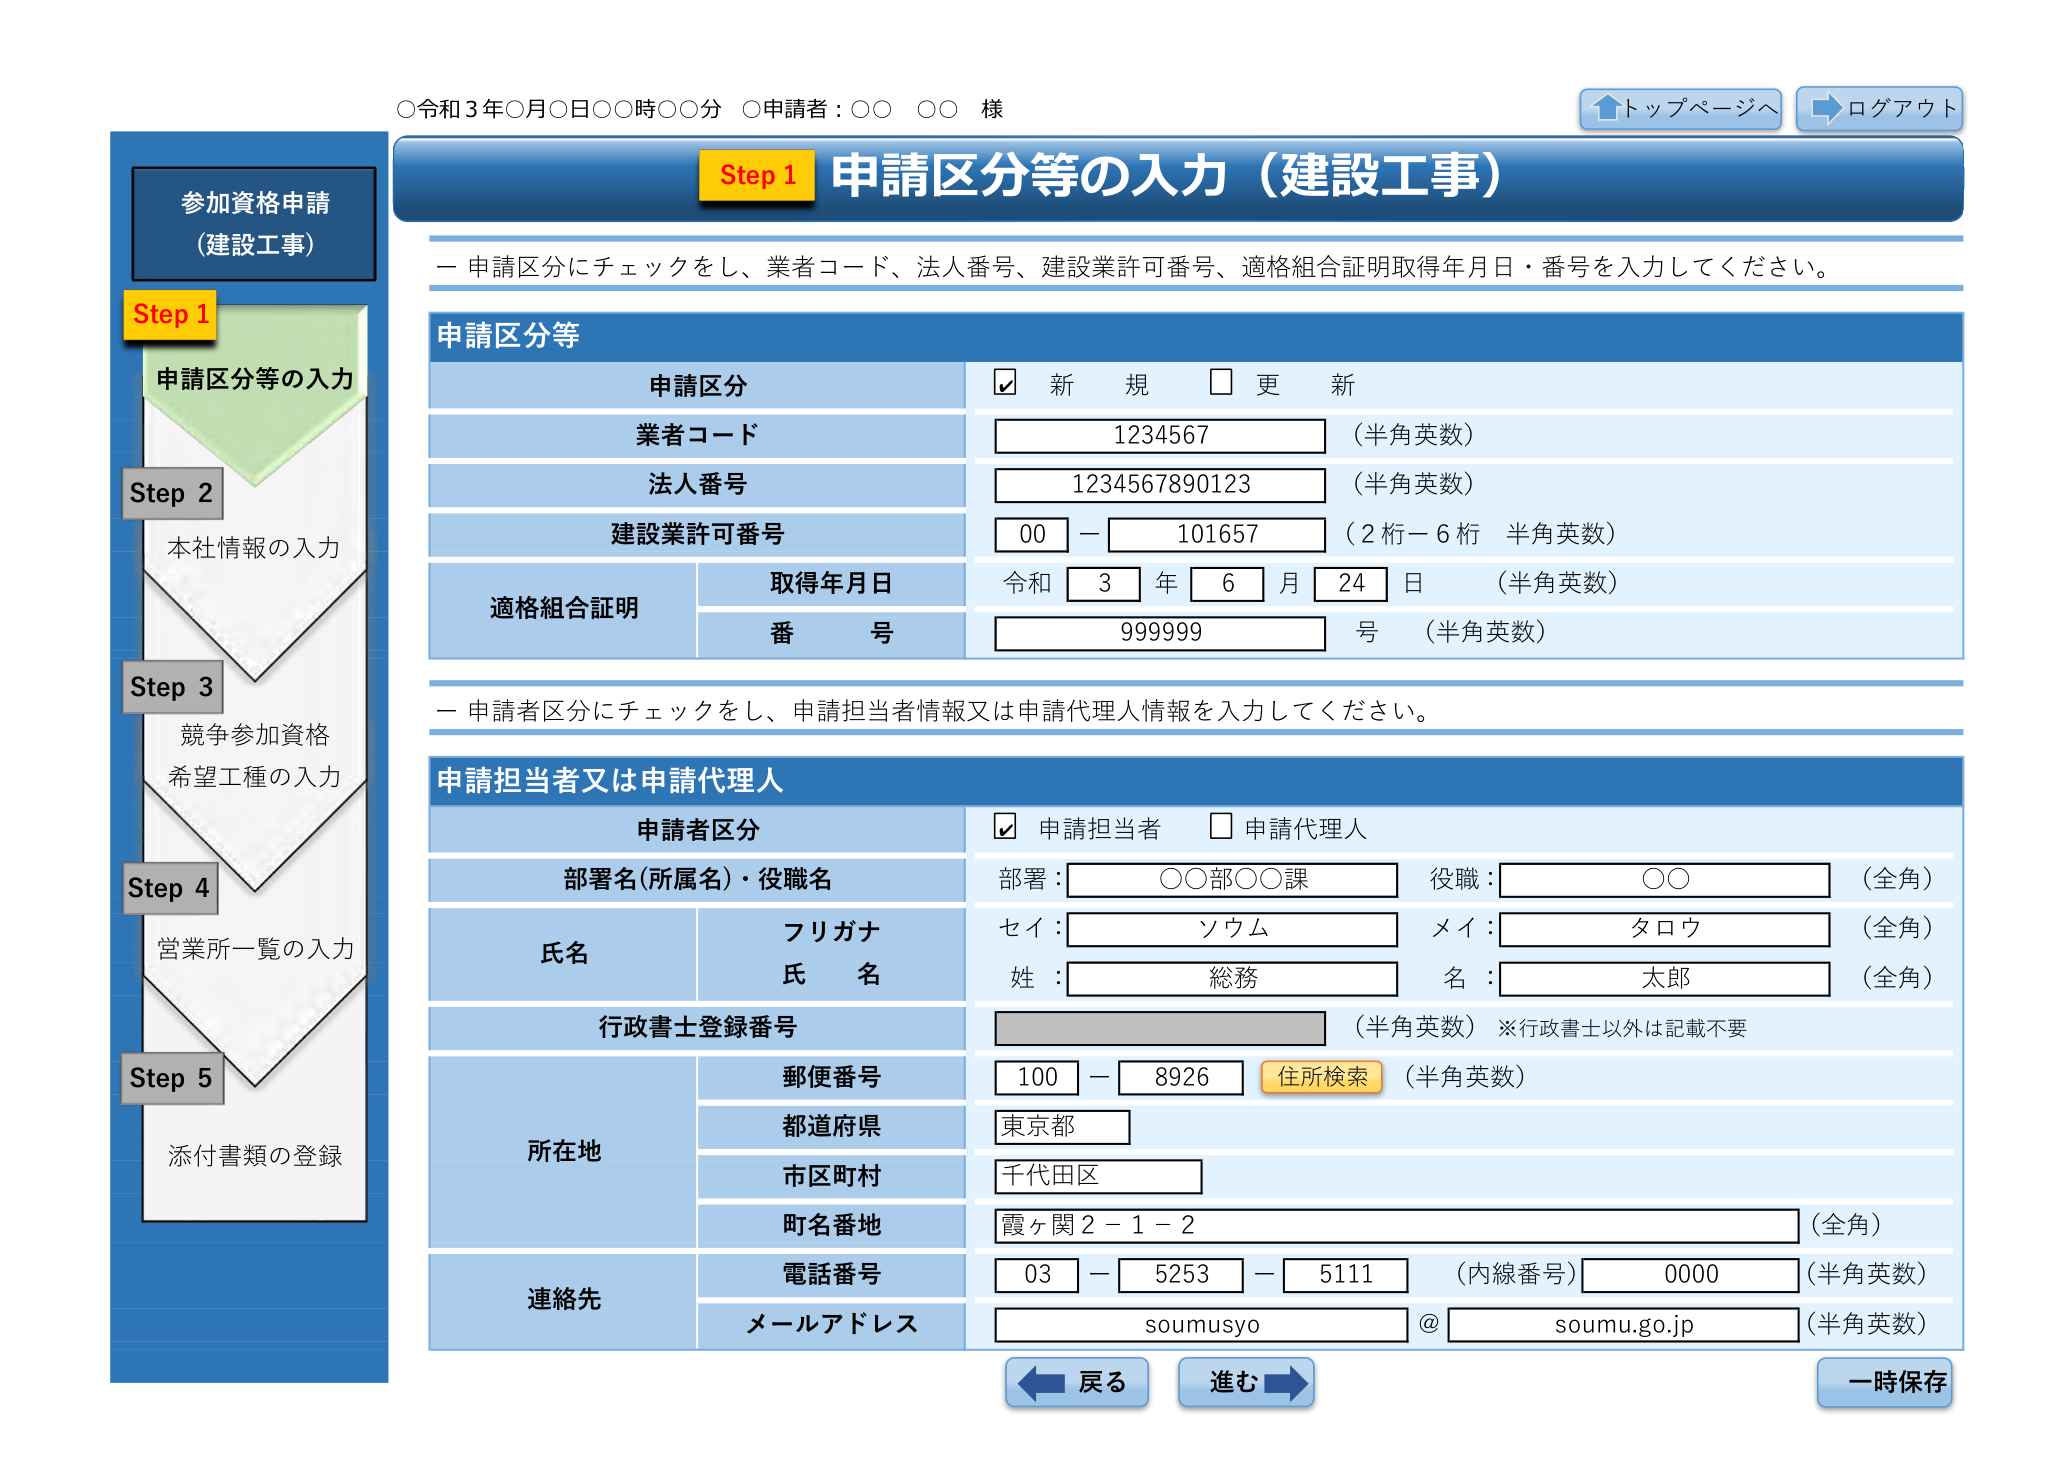
○令和3年○月○日○○時○○分 ○申請者：○○ ○○ 様

↑トップページへ
→ログアウト

参加資格申請
（建設工事）

Step 1
申請区分等の入力

Step 2
本社情報の入力

Step 3
競争参加資格
希望工種の入力

Step 4
営業所一覧の入力

Step 5
添付書類の登録

Step 1 申請区分等の入力（建設工事）

ー 申請区分にチェックをし、業者コード、法人番号、建設業許可番号、適格組合証明取得年月日・番号を入力してください。

申請区分等

申請区分
☑ 新 規 □ 更 新

業者コード
1234567 （半角英数）

法人番号
1234567890123 （半角英数）

建設業許可番号
00 － 101657 （2桁－6桁 半角英数）

適格組合証明
取得年月日
令和 3 年 6 月 24 日 （半角英数）

番 号
999999 号 （半角英数）

ー 申請者区分にチェックをし、申請担当者情報又は申請代理人情報を入力してください。

申請担当者又は申請代理人

申請者区分
☑ 申請担当者 □ 申請代理人

部署名（所属名）・役職名
部署： ○○部○○課 役職： ○○ （全角）

氏名
フリガナ
セイ： ソウム メイ： タロウ （全角）
姓： 総務 名： 太郎 （全角）

行政書士登録番号
（半角英数）※行政書士以外は記載不要

所在地
郵便番号
100 － 8926 住所検索 （半角英数）
都道府県
東京都
市区町村
千代田区
町名番地
霞ヶ関2－1－2 （全角）

連絡先
電話番号
03 － 5253 － 5111 （内線番号） 0000 （半角英数）
メールアドレス
soumusyo @ soumu.go.jp （半角英数）

← 戻る
進む →
一時保存